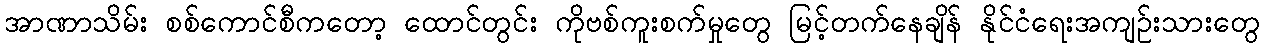
အာဏာသိမ်း စစ်ကောင်စီကတော့ ထောင်တွင်း ကိုဗစ်ကူးစက်မှုတွေ မြင့်တက်နေချိန် နိုင်ငံရေးအကျဉ်းသားတွေ